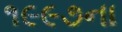
૧૯૯૭ના